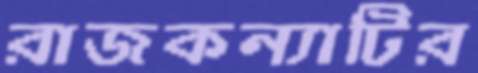
রাজকন্যাটির